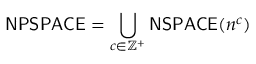
{ \mathsf { N P S P A C E } } = \bigcup _ { c \in \mathbb { Z } ^ { + } } { \mathsf { N S P A C E } } ( n ^ { c } )